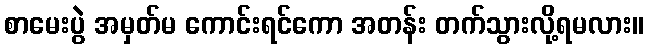
စာမေးပွဲ အမှတ်မ ကောင်းရင်ကော အတန်း တက်သွားလို့ရမလား။